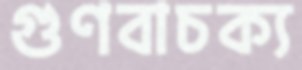
গুণবাচক্য